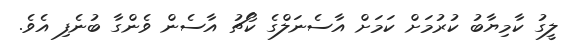
ލީގު ކާމިޔާބު ކުރުމަށް ކަމަށް އާސެނަލްގެ ކޯޗު އާސެން ވެންގާ ބުނެފި އެވެ.